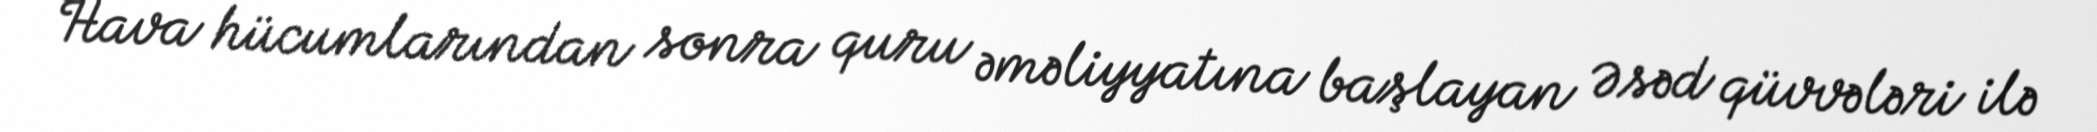
Hava hücumlarından sonra quru əməliyyatına başlayan Əsəd qüvvələri ilə